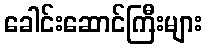
ခေါင်းဆောင်ကြီးများ